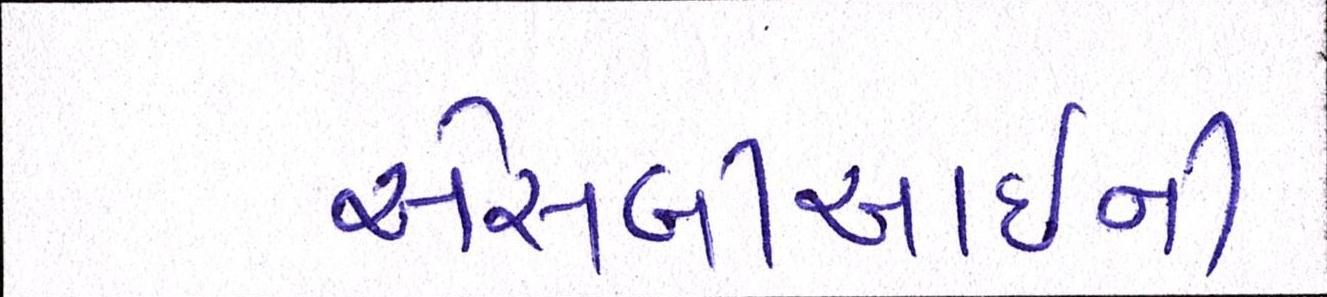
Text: એસબીઆઈની